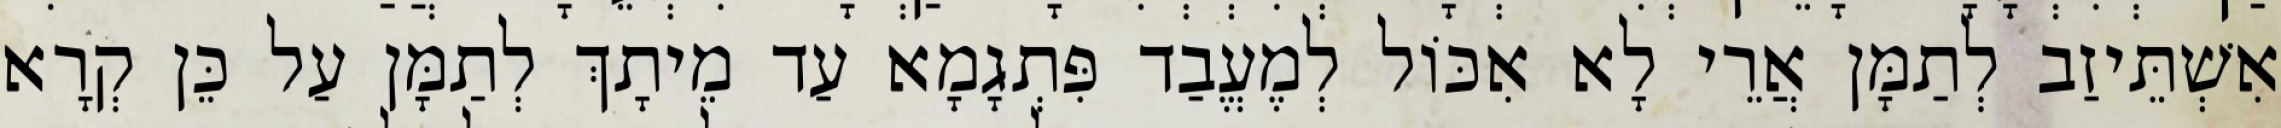
אִשְׁתֵּיזַב לְתַמָּן אֲרֵי לָא אִכּוֹל לְמֶעֱבַד פִּתְגָמָא עַד מֵיתָךְ לְתַמָּן עַל כֵּן קְרָא